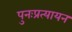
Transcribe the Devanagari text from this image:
पुनःप्रत्यायन